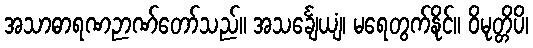
အသာဓာရဏဉာဏ်တော်သည်။ အသင်္ချေယျံ၊ မရေတွက်နိုင်။ ဝိမုတ္တိပိ၊